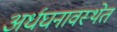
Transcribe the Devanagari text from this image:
अर्धघनावस्थेत